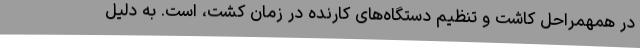
در همهمراحل کاشت و تنظیم دستگاه‌های کارنده در زمان کشت، است. به‌ دلیل